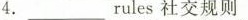
4. ___ rules社交规则